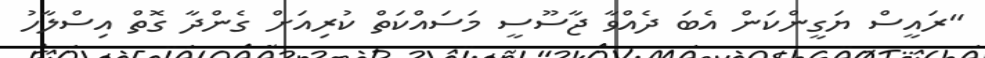
"ރައީސް ޔަގީންކަން އެބަ ދެއްވާ ޖާސޫސީ މަސައްކަތް ކުރިއަށް ގެންދާ ގޮތް އިސްލާހު